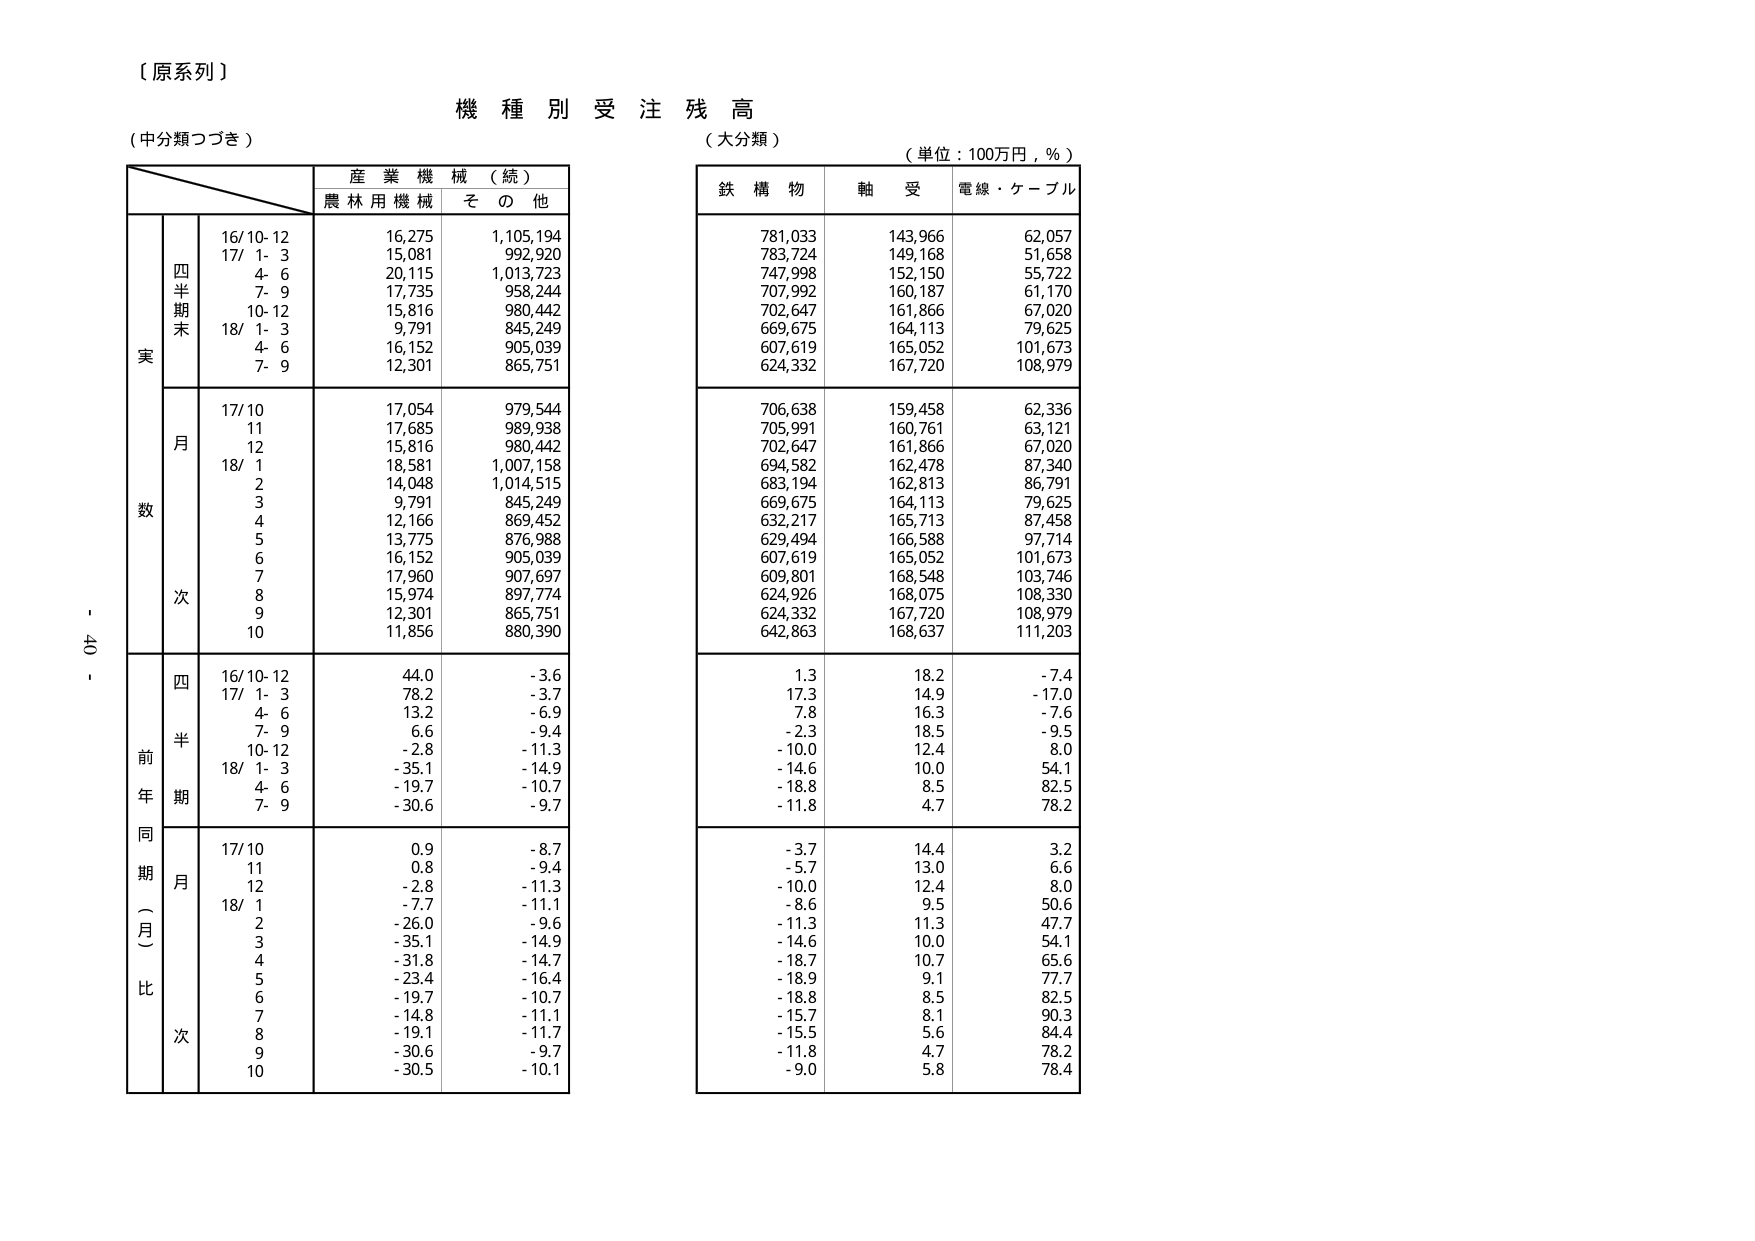
【原系列】

機種別受注残高

（中分類つづき）

（大分類）

（単位：100万円，％）

産業機械（続）
農林用機械　その他

鉄構物　軸受　電線・ケーブル

実数
四半期末
16/10-12　16,275　1,105,194
17/1-3　15,081　992,920
4-6　20,115　1,013,723
7-9　17,735　958,244
10-12　15,816　980,442
18/1-3　9,791　845,249
4-6　16,152　905,039
7-9　12,301　865,751

月次
17/10　17,054　979,544
11　17,685　989,938
12　15,816　980,442
18/1　18,581　1,007,158
2　14,048　1,014,515
3　9,791　845,249
4　12,166　869,452
5　13,775　876,988
6　16,152　905,039
7　17,960　907,697
8　15,974　897,774
9　12,301　865,751
10　11,856　880,390

前年同期（月）比
四半期
16/10-12　44.0　-3.6　1.3　18.2　-7.4
17/1-3　78.2　-3.7　17.3　14.9　-17.0
4-6　13.2　-6.9　7.8　16.3　-7.6
7-9　6.6　-9.4　-2.3　18.5　-9.5
10-12　-2.8　-11.3　-10.0　12.4　8.0
18/1-3　-35.1　-14.9　-14.6　10.0　54.1
4-6　-19.7　-10.7　-18.8　8.5　82.5
7-9　-30.6　-9.7　-11.8　4.7　78.2

月次
17/10　0.9　-8.7　-3.7　14.4　3.2
11　0.8　-9.4　-5.7　13.0　6.6
12　-2.8　-11.3　-10.0　12.4　8.0
18/1　-7.7　-11.1　-8.6　9.5　50.6
2　-26.0　-9.6　-11.3　11.3　47.7
3　-35.1　-14.9　-14.6　10.0　54.1
4　-31.8　-14.7　-18.7　10.7　65.6
5　-23.4　-16.4　-18.9　9.1　77.7
6　-19.7　-10.7　-18.8　8.5　82.5
7　-14.8　-11.1　-15.7　8.1　90.3
8　-19.1　-11.7　-15.5　5.6　84.4
9　-30.6　-9.7　-11.8　4.7　78.2
10　-30.5　-10.1　-9.0　5.8　78.4

781,033　143,966　62,057
783,724　149,168　51,658
747,998　152,150　55,722
707,992　160,187　61,170
702,647　161,866　67,020
669,675　164,113　79,625
607,619　165,052　101,673
624,332　167,720　108,979

706,638　159,458　62,336
705,991　160,761　63,121
702,647　161,866　67,020
694,582　162,478　87,340
683,194　162,813　86,791
669,675　164,113　79,625
632,217　165,713　87,458
629,494　166,588　97,714
607,619　165,052　101,673
609,801　168,548　103,746
624,926　168,075　108,330
624,332　167,720　108,979
642,863　168,637　111,203

- 40 -